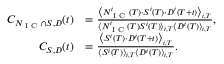
\begin{array} { r l } { C _ { N _ { \textrm { I C } } \cap S , D } ( t ) } & { = \frac { \big \langle N _ { \textrm { I C } } ^ { i } ( T ) \cdot S ^ { i } ( T ) \cdot D ^ { i } ( T + t ) \big \rangle _ { i , T } } { { \langle N _ { \textrm { I C } } ^ { i } ( T ) S ^ { i } ( T ) \rangle _ { i , T } \langle D ^ { i } ( T ) \rangle _ { i , T } } } , } \\ { C _ { S , D } ( t ) } & { = \frac { \big \langle S ^ { i } ( T ) \cdot D ^ { i } ( T + t ) \big \rangle _ { i , T } } { \langle S ^ { i } ( T ) \rangle _ { i , T } \langle D ^ { i } ( T ) \rangle _ { i , T } } . } \end{array}